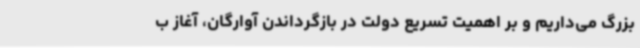
بزرگ می‌داریم و بر اهمیت تسریع دولت در بازگرداندن آوارگان، آغاز ب